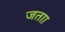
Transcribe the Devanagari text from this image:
जताा